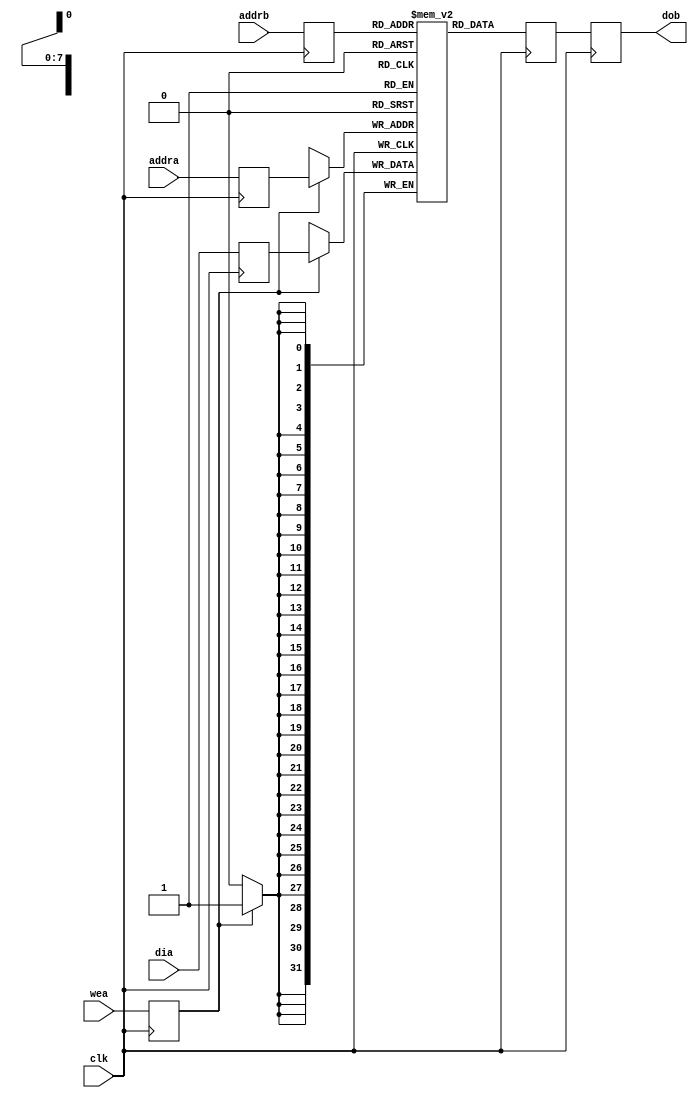
module dp_block_read_first_ram
#(parameter DATA_WIDTH=32,
  parameter ADDR_WIDTH=8)
(
  input clk, 

  input wea,
  input [ADDR_WIDTH-1:0] addra,
  input [ADDR_WIDTH-1:0] addrb,
  input [DATA_WIDTH-1:0] dia,
  output [DATA_WIDTH-1:0] dob
);

localparam ADDR_P1 = ADDR_WIDTH + 1;
localparam DATA_MSB = DATA_WIDTH - 1;
localparam ADDR_MSB = ADDR_WIDTH - 1;
localparam DEPTH = 2 ** ADDR_WIDTH;

(* ram_style = "block" *) reg [DATA_MSB:0] ram [DEPTH-1:0];

reg [ADDR_MSB:0] addra_d;
reg [ADDR_MSB:0] addrb_d;
reg wea_d;
reg [DATA_MSB:0] dia_d;
reg [DATA_MSB:0] dob_d;
reg [DATA_MSB:0] ram_pipe;
assign dob = dob_d;

integer i;
initial begin
    for (i = 0; i < DEPTH; i=i+1) begin
        ram[i] = 0;
    end
end

// port a
always @(posedge clk)
begin
    if (wea_d == 1'b1) begin
      ram[addra_d] <= dia_d;
    end
    dia_d <= dia;
    addra_d <= addra;
    wea_d <= wea;
end

// port b
always @(posedge clk)
begin
    addrb_d <= addrb;
    ram_pipe <= ram[addrb_d];
    dob_d <= ram_pipe;
end

endmodule